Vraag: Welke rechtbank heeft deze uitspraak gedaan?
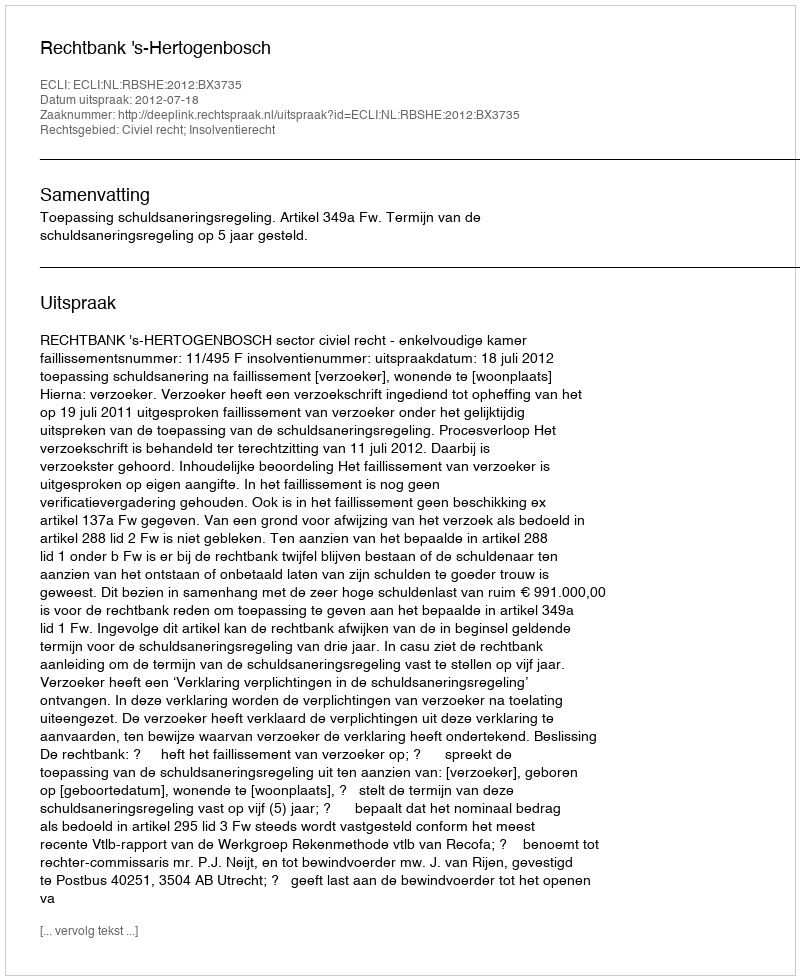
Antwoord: Rechtbank 's-Hertogenbosch